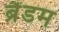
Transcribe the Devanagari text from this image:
ब्रैंडम